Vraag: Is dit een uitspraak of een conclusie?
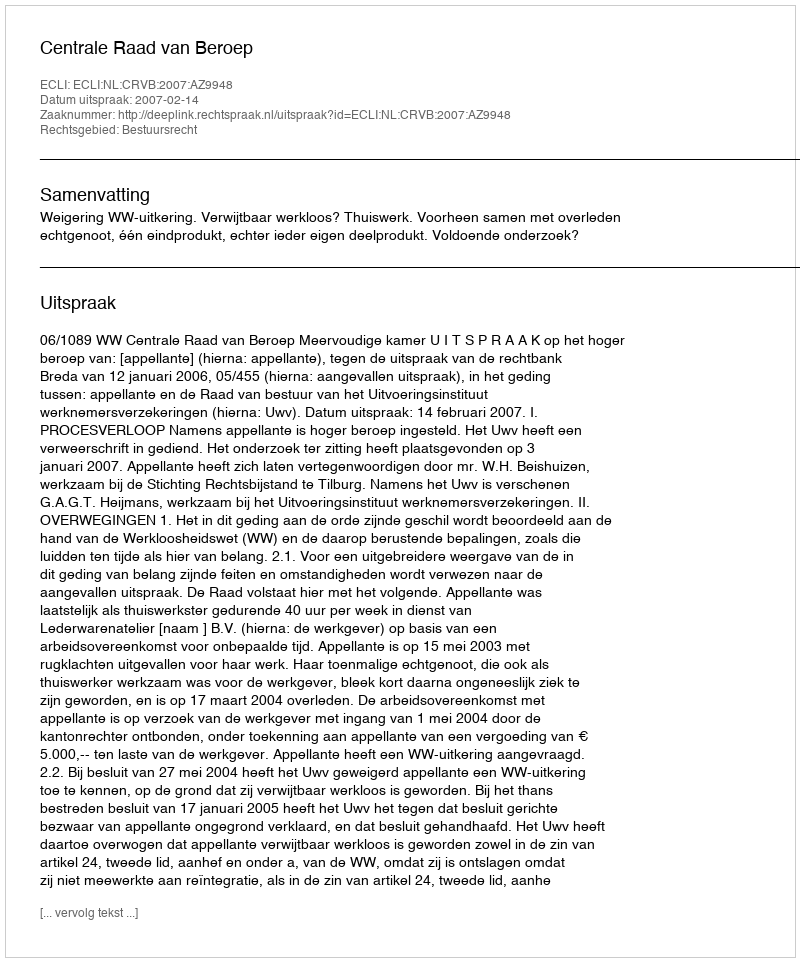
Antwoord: Uitspraak